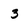
Character: 3